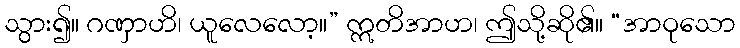
သွား၍။ ဂဏှာဟိ၊ ယူလေလော့။” ဣတိအာဟ၊ ဤသို့ဆို၏။ “အာဝုသော